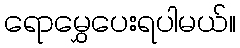
ရောမွှေပေးရပါမယ်။